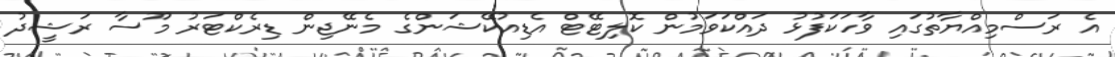
އެ ރަސްމިއްޔާތުގައި ވާހަކަފުޅު ދައްކަވަމުން ކޮލިޓޭޓް އެޑިއުކޭޝަންގެ މެނޭޖިން ޑިރެކްޓަރު މޫސާ ރަޝީދު